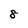
Character: 8